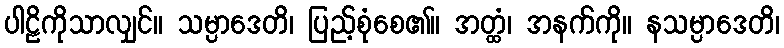
ပါဠိကိုသာလျှင်။ သမ္ပာဒေတိ၊ ပြည့်စုံစေ၏။ အတ္ထံ၊ အနက်ကို။ နသမ္ပာဒေတိ၊